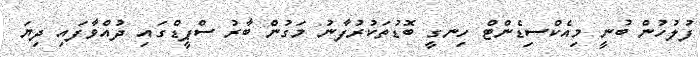
ފުލުހުން ބުނީ މިއެކްސިޑެންޓް ހިނގީ ބޮޑުތަކުރުފާނު މަގުން ބާރު ސްޕީޑްގައި ދުއްވާފައި ދިޔަ